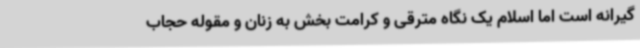
گیرانه است اما اسلام یک نگاه مترقی و کرامت بخش به زنان و مقوله حجاب